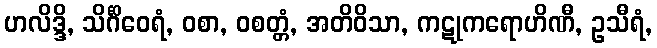
ဟလိဒ္ဒိ, သိင်္ဂိဝေရံ, ဝစာ, ဝစတ္တံ, အတိဝိသာ, ကဋုကရောဟိဏီ, ဥသီရံ,